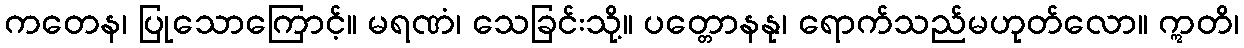
ကတေန၊ ပြုသောကြောင့်။ မရဏံ၊ သေခြင်းသို့။ ပတ္တောနနု၊ ရောက်သည်မဟုတ်လော။ ဣတိ၊